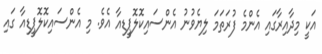
އަކީ މިދާއިރާގައި އެންމެ ފުރަތަމަ ލިޔެވުނު އެންސައިކޮލޮޕީޑިއާ އެވެ. މި އެންސައިކޮލޮޕީޑިއާ ގައި